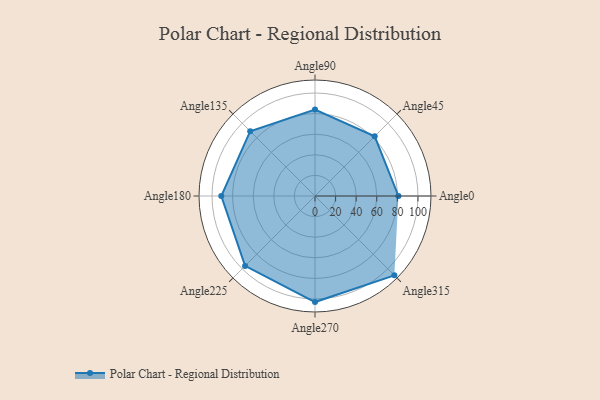
{"axis": {"x": "Angle", "y": "Radius"}, "legend": [""], "data": [{"x": "Angle0", "y": 81.0, "type": ""}, {"x": "Angle45", "y": 82.0, "type": ""}, {"x": "Angle90", "y": 84.0, "type": ""}, {"x": "Angle135", "y": 89.0, "type": ""}, {"x": "Angle180", "y": 91.0, "type": ""}, {"x": "Angle225", "y": 96.0, "type": ""}, {"x": "Angle270", "y": 103.0, "type": ""}, {"x": "Angle315", "y": 109.0, "type": ""}]}